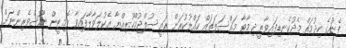
ފެނުގެ ހިދުމަތް މެދުކެނޑިފައިވާތީ ދިމާވާ މައްސަލަތައް ހައްލުކުރަން ރައީސުލްޖުމްހޫރިއްޔާ އެކުލަވާލާފައިވާ ކޮމިޓީން ނޫސްވެރިންނަށް